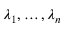
\lambda _ { 1 } , \dots , \lambda _ { n }